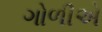
ગોળીએ